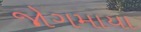
જોગમાયા